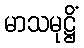
မာသမုဋ္ဌိံ